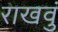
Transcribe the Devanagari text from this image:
राखवुं